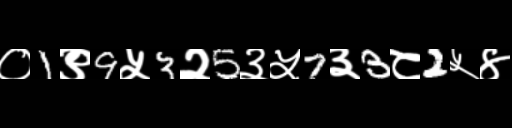
Text: ०1९9५3२5३५7३3८2५४